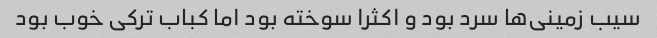
سیب زمینی‌ها سرد بود و اکثرا سوخته بود اما کباب ترکی خوب بود